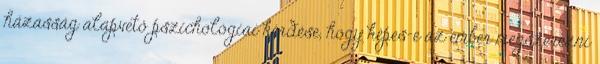
házasság alapvető pszichológiai kérdése, hogy képes-e az ember megszerezni